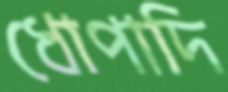
ধোপাদি